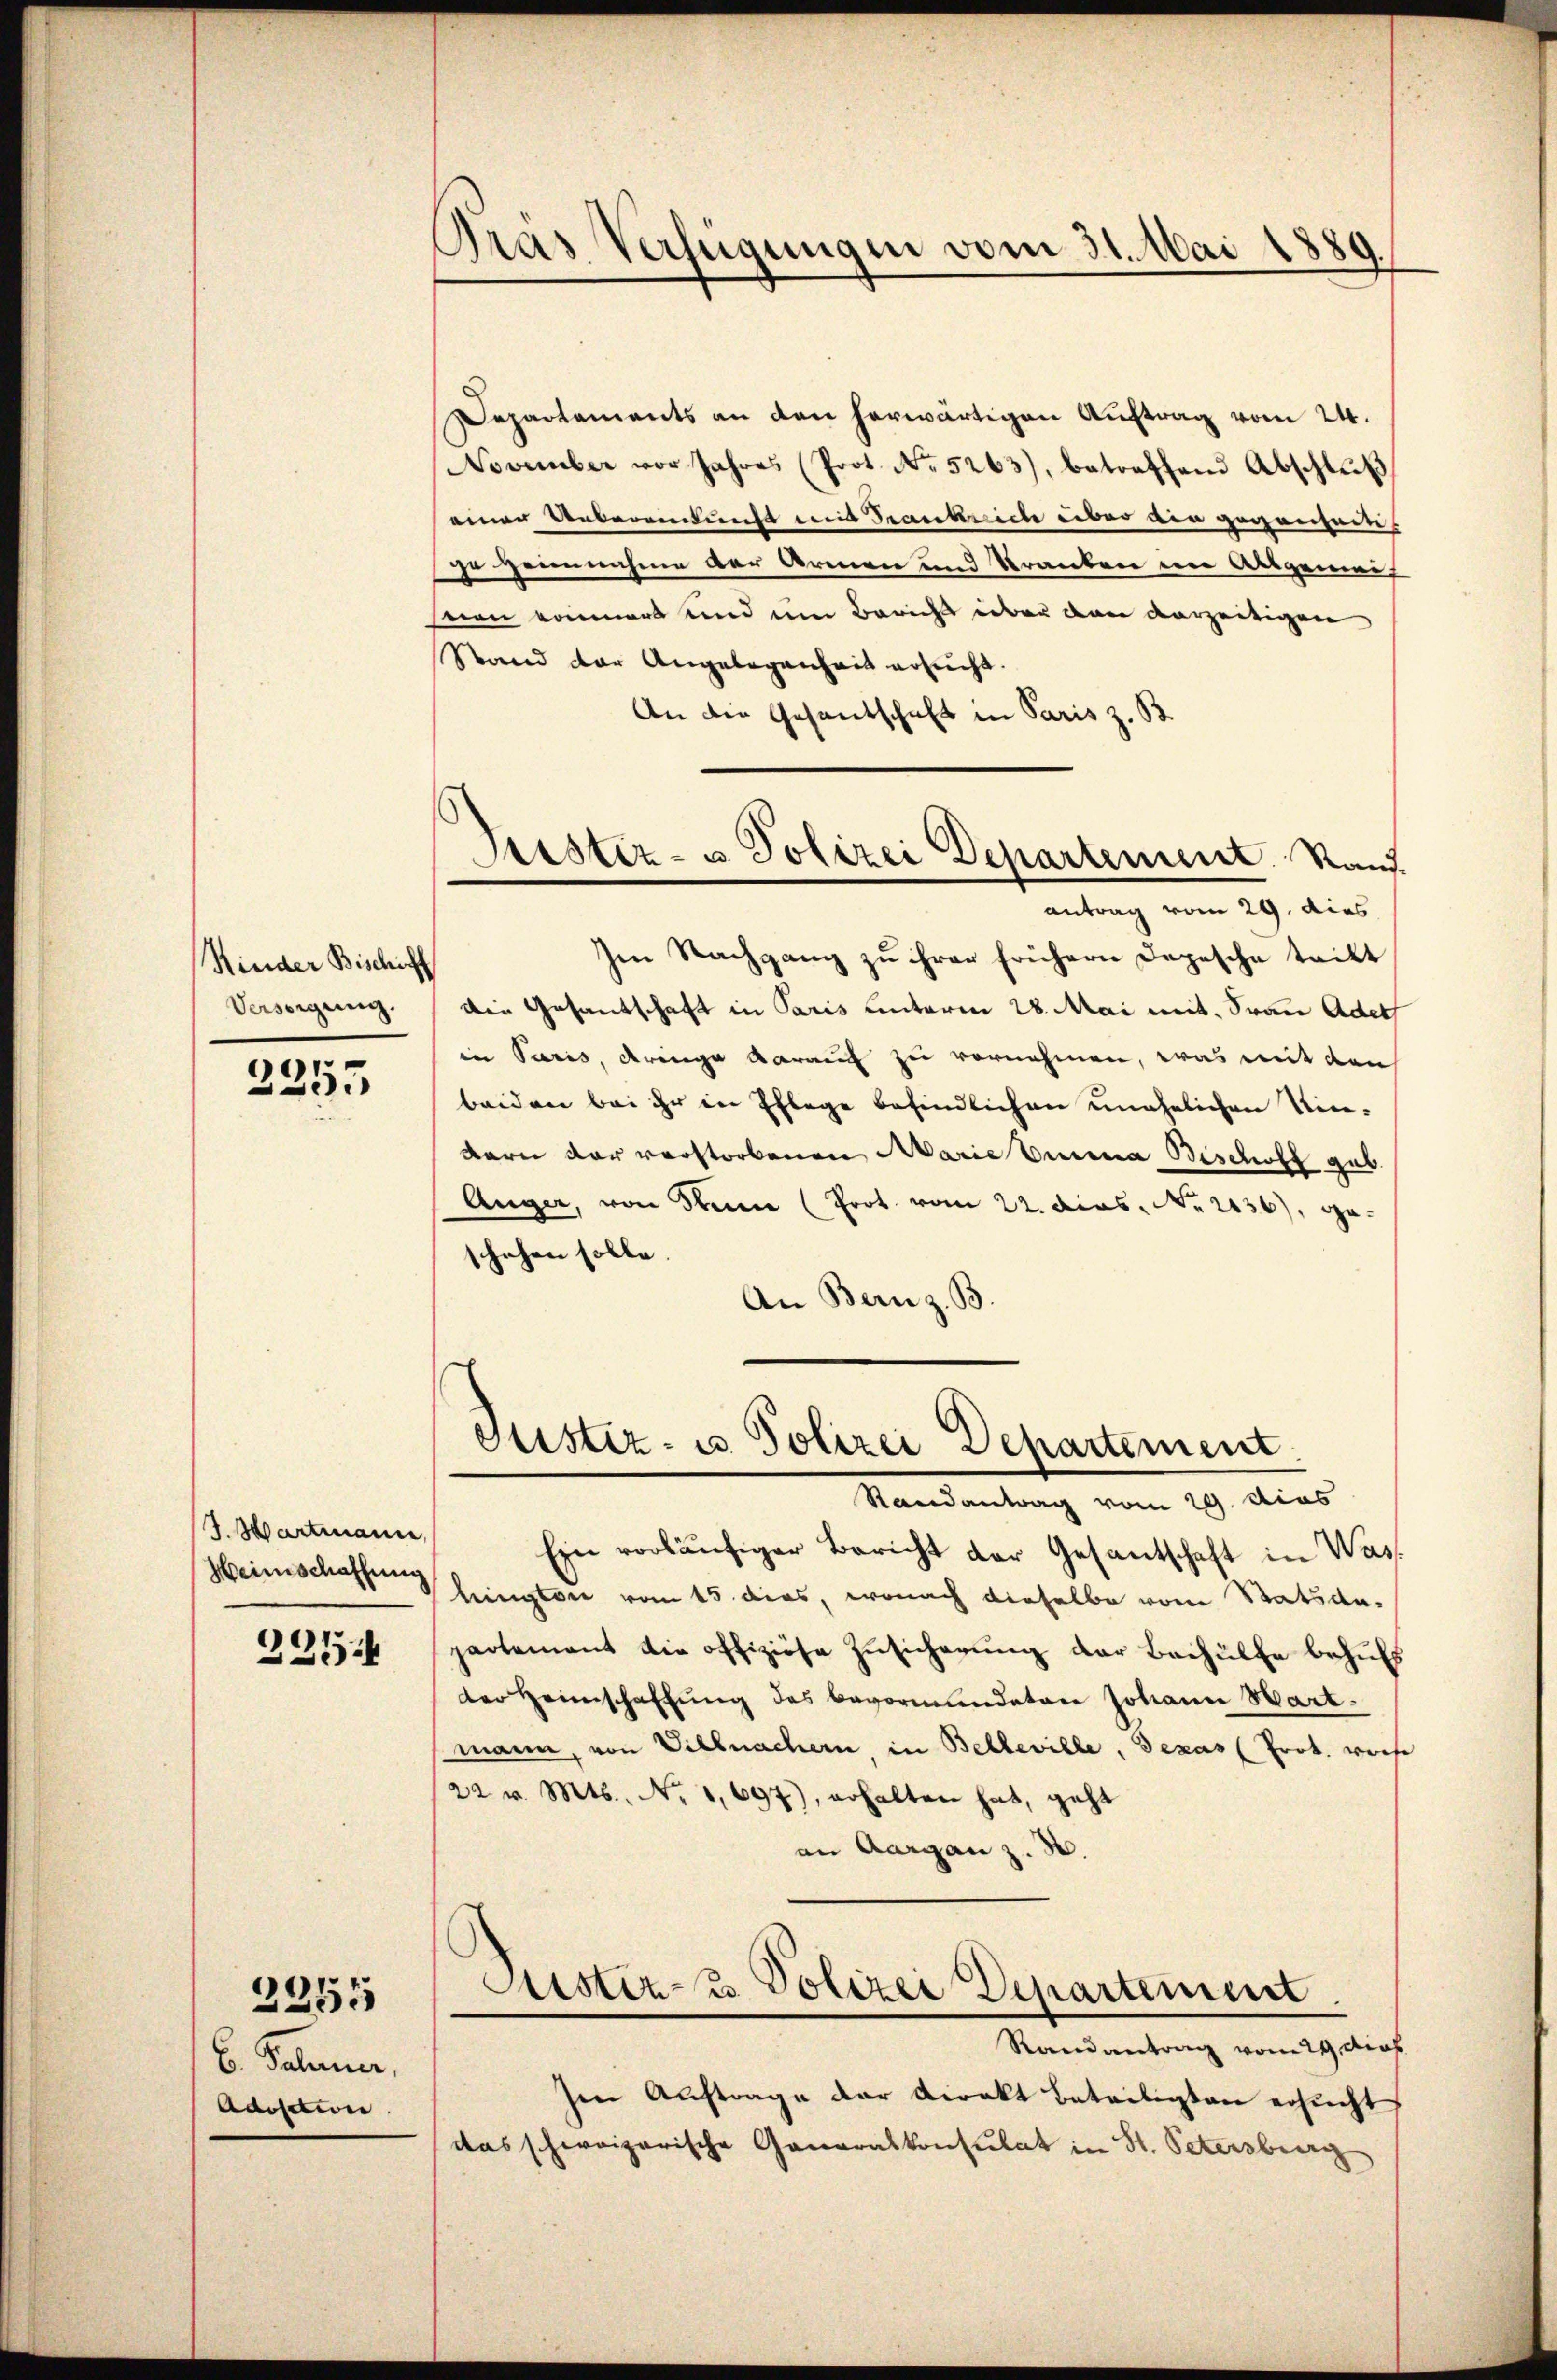
Minder Bischicht
Versorgung.

2355

J. Hartmanne,
Heimschaffung

2254

2255

6. Palaner,
Adosition

Gras Verfügungen vom 31. Mai 1889.

Departements an den herwärtigen Auftrag vom 24.
November vor Jahres (Prot. No. 5263), betreffend Abschlŭβ
einer Uebereinkunft und Tranke ich über den gegensein.
je geannahme der Armen und Kranken im Ausgemei
snien konnert und um Bericht über den vorzeitigen
Stand der Angelegenheit ersucht.
An die Gesandschaft in Paris z. B.
Im Nachgang zu ihrer frühern Depesche tritt
Die Gesantschaft in Paris unterm 28. Mai mit Frau Adels
in Paris, dringe darauf zu vornehmen, was mit den
beiden bei ihr in Pflege befindlichen unehelichen Kin-
dern der verstorbenen Marie biena Bischoff gab
Auger, von dann (Prot. vom 22. dies. No. 2136), geschehen solle.
An Bern z. B
Justiz- u. Polizei Departement
Randantrag vom 29. Dies
Ein vorläufiger Bericht der Gesandtschaft in Waslington vom 15. dies, wonach dieselbe vom Stats dapartement die offiziöse Zusicherung der Beihülfe behufs
der Heimschaffŭng des bevormundeten Johann Hartmann, von Villmachern, in Belleville, Dexas (Prot. woche
22 v. Mts., Nr. 1,697), erhalten hat, geht
an Aargau z. B.
Astiz- & Polizei Departement
Randantrag vom 29. Das
Im Auftrage der Direkt beteiligten ersucht
das schweizerische Generalkonsulat in St. Petersburg

Sistiz- u. Polizei Departement. Rand.
antrag vom 29. dies